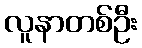
လူနာတစ်ဦး